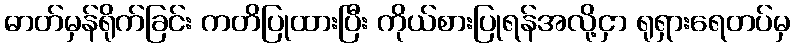
ဓာတ်မှန်ရိုက်ခြင်း ကတိပြုထားပြီး ကိုယ်စားပြုရန်အလို့ငှာ ရုရှားရေတပ်မှ